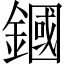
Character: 𨫵